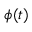
\phi ( t )